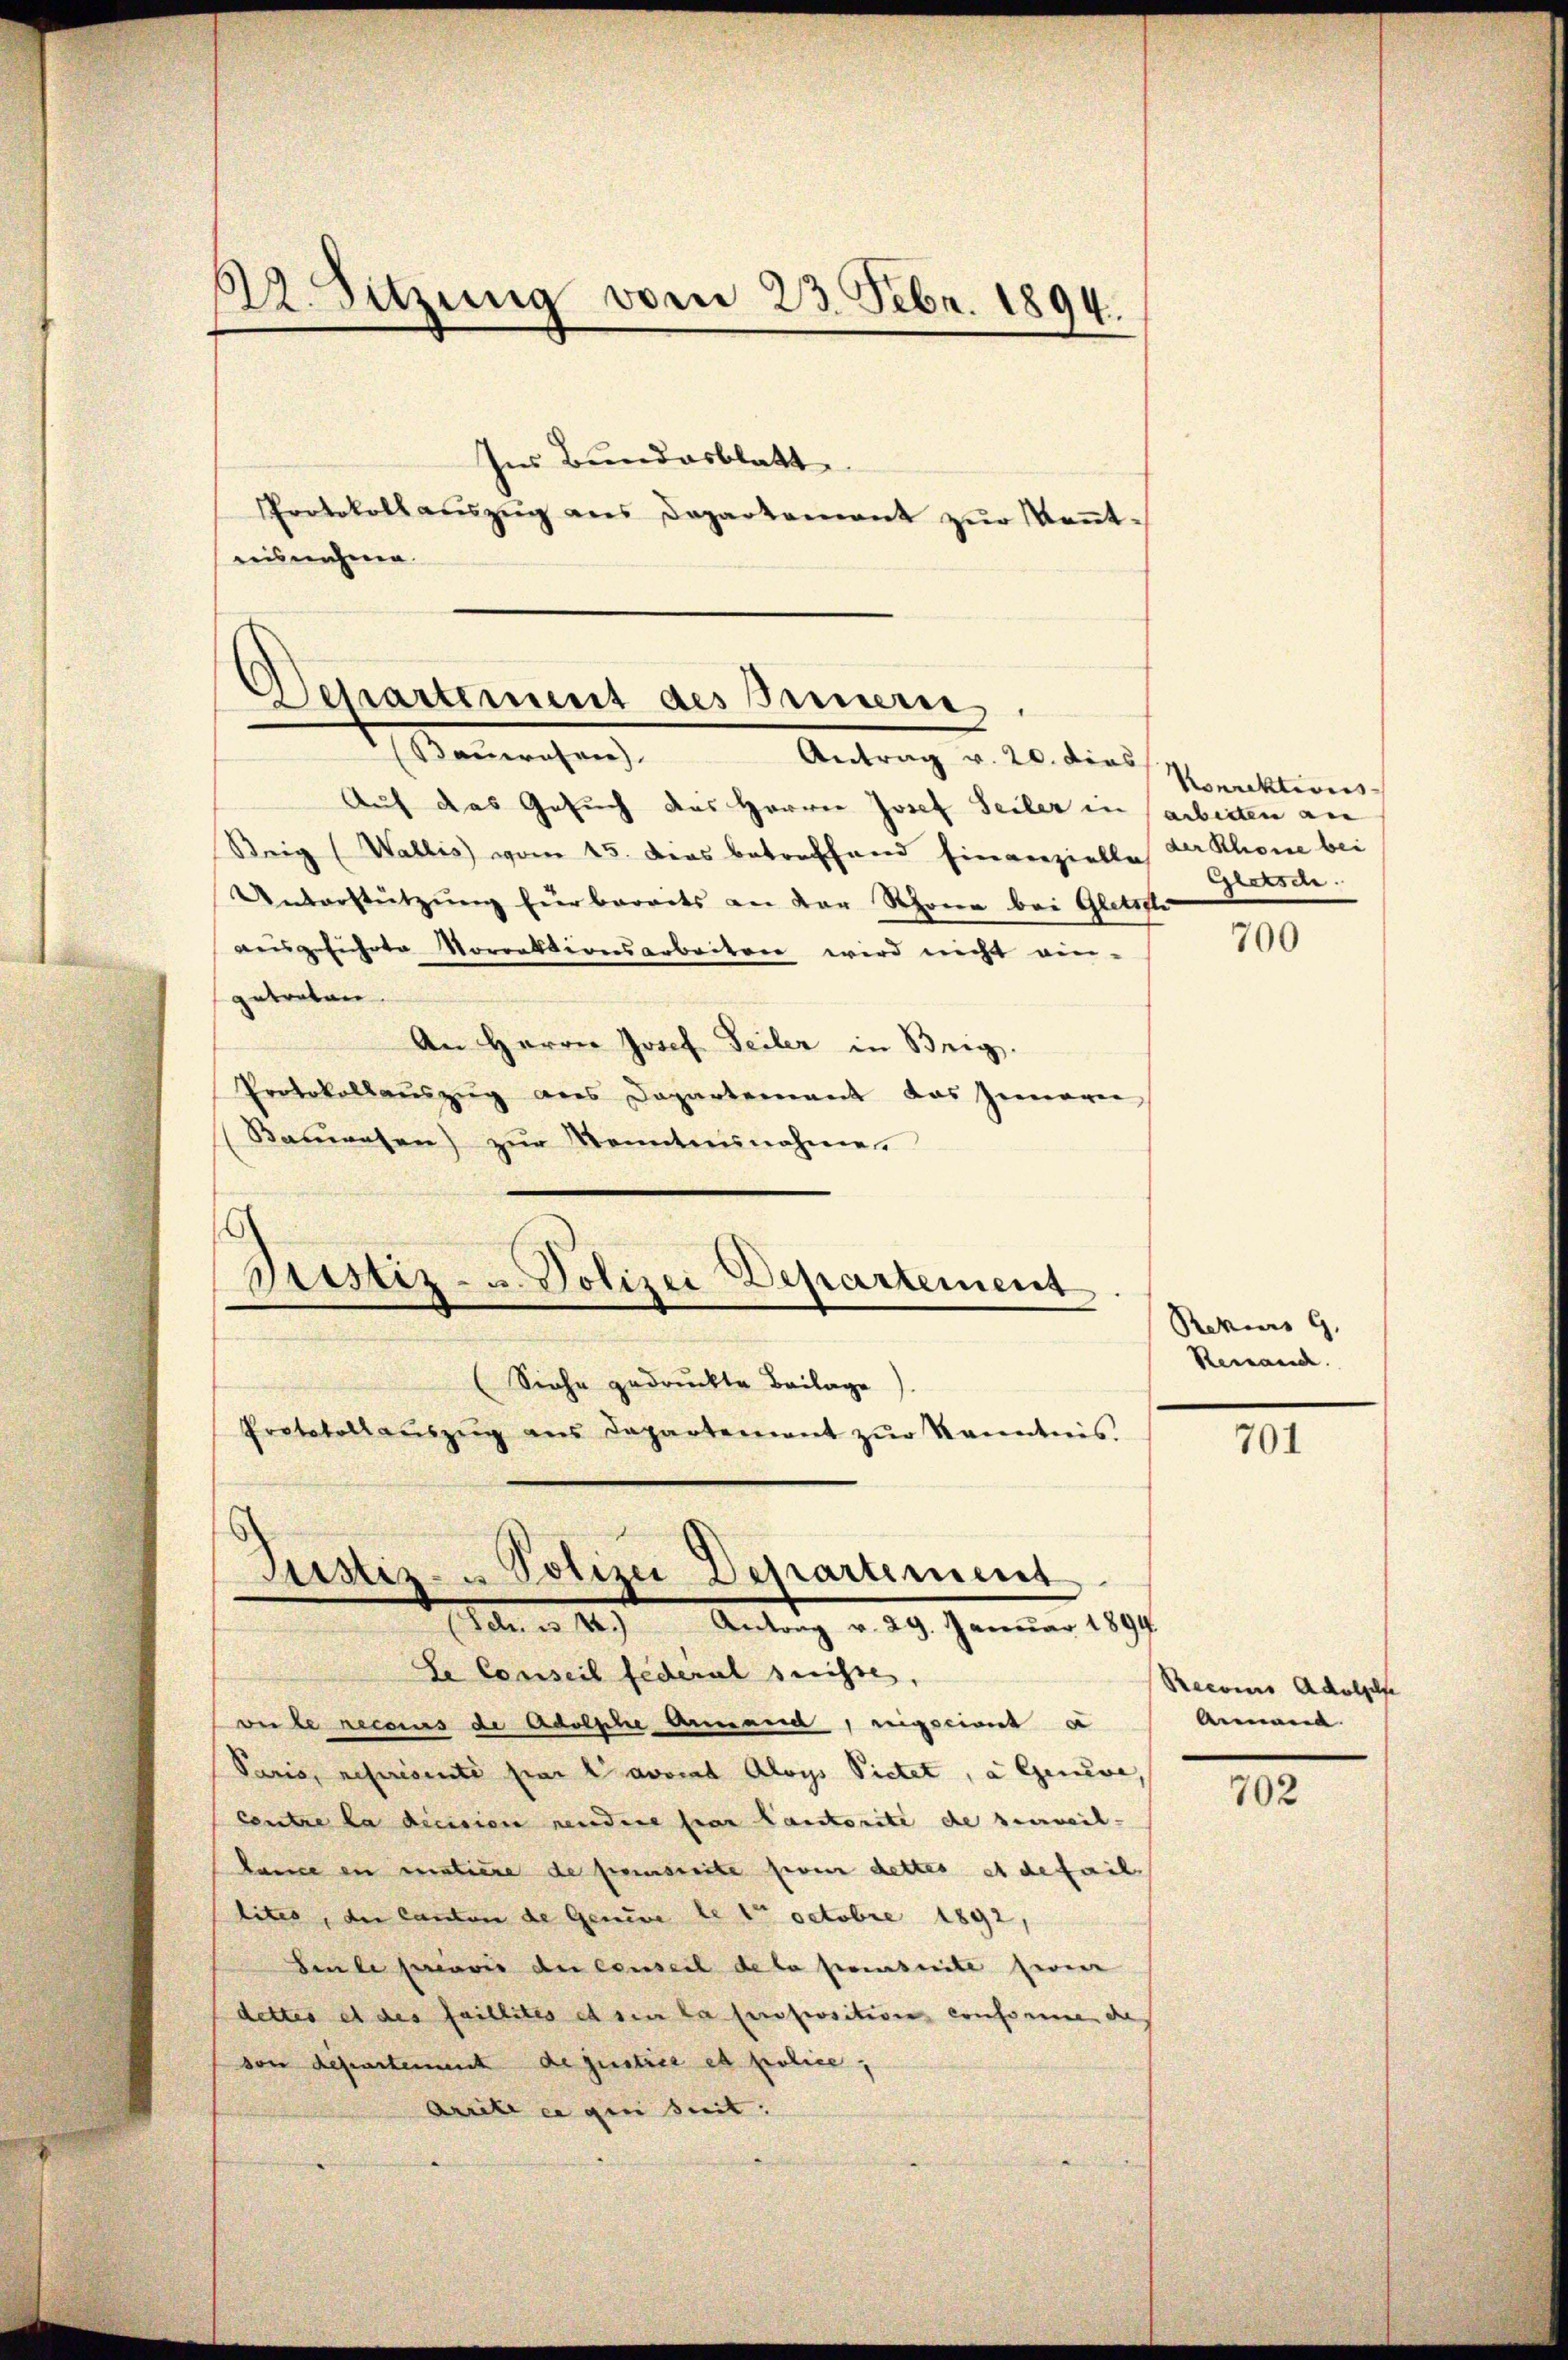
22. Sitzung vom 23. Febr. 1894.

Ins Bundesblatt
Protokoll aŭszŭg ans Departement zŭr Keṅt-
ausnahme

Auf das Gesuch das Herren Josef Seiler in arbeiten an
Steig (Wallis) vom 15. Dies betreffend hinanzielle der Rhone bei
Unserstützung fürbaraits an der Schoren bei Gletsch
ausgeführte Vorrektionsarbeiten wird nicht ein-
getreten
An Herrn Josef Seiler in Brig.
Protokollauszug aus Departement das Innerei
Bauwesen) zur Kenntnisnahme.
Sistiz- u. Polizei Departement
Siehe gedruckte Beilage
Protokoll aŭszŭg ans Departement zŭr Kenntnis.

Departement des Bernern
enrechen
Antrag v. 20. dies

Justiz- & Polizei Departement
Schule a. 10. Antrag v. 29. Januar 1897
Se Conseil federal seiste,

vu le recours de Adolphe Annand, rigscient e
Paris, représenti par Lavocat Aloys Pietet, a Geuve,
Centre la diession nendere par lautorité de surveil-
kane in matiere de preusserte sein dettes et detail
lites, der Canton de Geneve le 1 Octobre 1892,
Beute herenis der Conseil de la poursuite heren
dettes et des faillités et sie la propositive conforme des
von departement de justice et police,
Arrite er gen seit:

Nonrektions
Gletsch

700

Rekurs 9.
Reinand.

701

Recoris Adolpelfe
Anan |

702